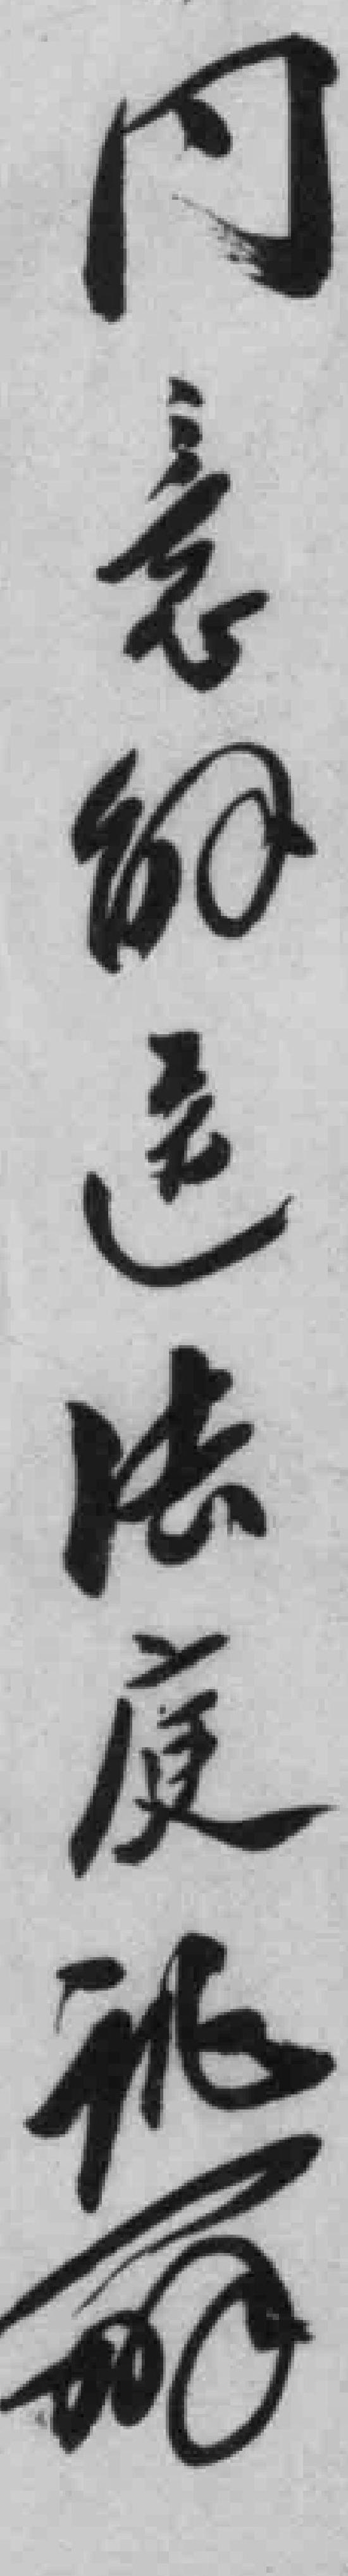
同意*送法庭**